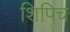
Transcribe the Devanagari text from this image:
शिपिच